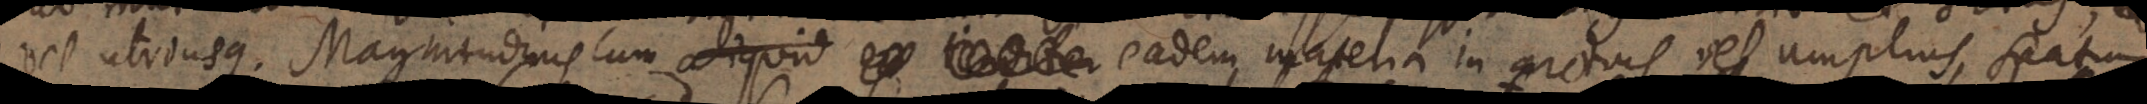
vel utriusque. Magnitudinis cum aliquid extenditur eadem materia in arctius vel amplius spatium